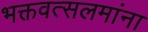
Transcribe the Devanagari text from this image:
भक्तवत्सलमांना